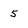
Character: 5